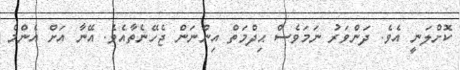
ކޮށްލަނީ އެވެ. ދަންވަރު ނަމަވެސް ޙިދްމަތް އިންނަން ޖެހޭނެތާއެވެ. އޭނާ އަށް އެންމެ